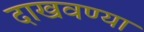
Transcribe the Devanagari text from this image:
दाखवण्या